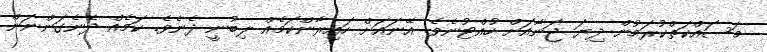
މަސައްކަތްކުރަމުން ދިޔަ ޖަނާއަށް ހުއްޓުނެވެ. އޭނައަށް ހައިރާންކަމެއް ލިބުނީ ދެނެވެ. ކަމެއް ދެނެގަންނަން